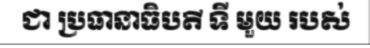
ជា ប្រធានាធិបតី ទី មួយ របស់